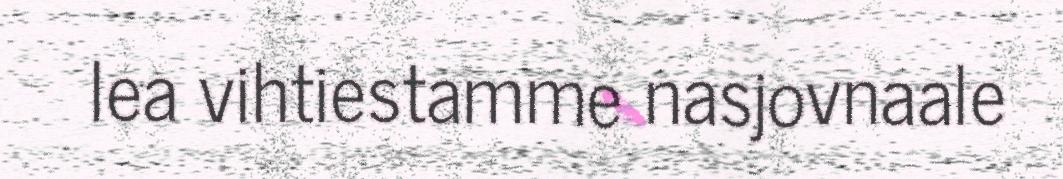
lea vihtiestamme nasjovnaale